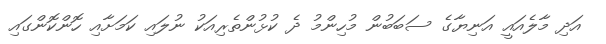
އަދި މާލެއައީ އަނިޔާގެ ސަބަބުން މުހިންމު ދެ ކުޅުންތެރިއަކު ނުލައި ކަމަށާއި ހޮންކޮންގައި